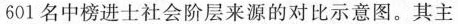
601名中榜进士社会阶层来源的对比示意图。其主